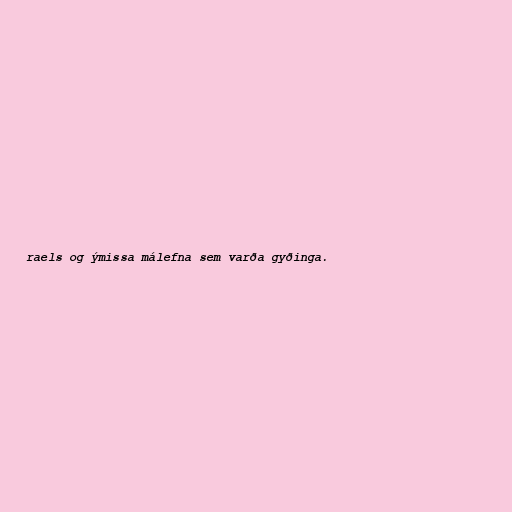
raels og ýmissa málefna sem varða gyðinga.